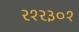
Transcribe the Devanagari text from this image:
२१२३०१